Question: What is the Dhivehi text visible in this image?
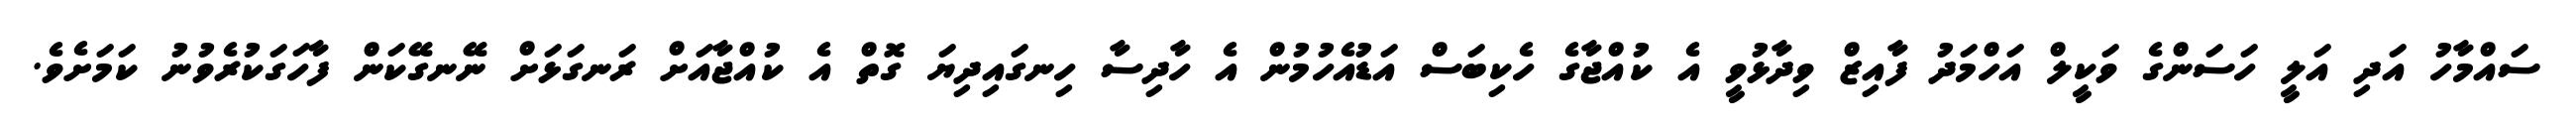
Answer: ސައްމާހު އަދި އަލީ ހަސަންގެ ވަކީލް އަހްމަދު ފާއިޒް ވިދާޅުވީ އެ ކުއްޖާގެ ހެކިބަސް އަޑުއެހުމުން އެ ހާދިސާ ހިނގައިދިޔަ ގޮތް އެ ކުއްޖާއަށް ރަނގަޅަށް ނޭނގޭކަން ފާހަގަކުރެވުނު ކަމަށެވެ.